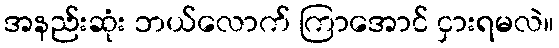
အနည်းဆုံး ဘယ်လောက် ကြာအောင် ငှားရမလဲ။